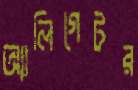
অ্যালিগেটর